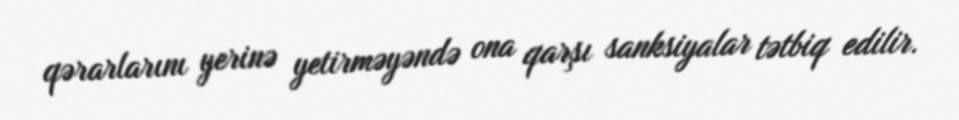
qərarlarını yerinə yetirməyəndə ona qarşı sanksiyalar tətbiq edilir.